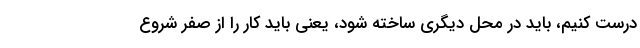
درست کنیم، باید در محل دیگری ساخته شود، یعنی باید کار را از صفر شروع